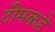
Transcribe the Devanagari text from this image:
टीमकडे